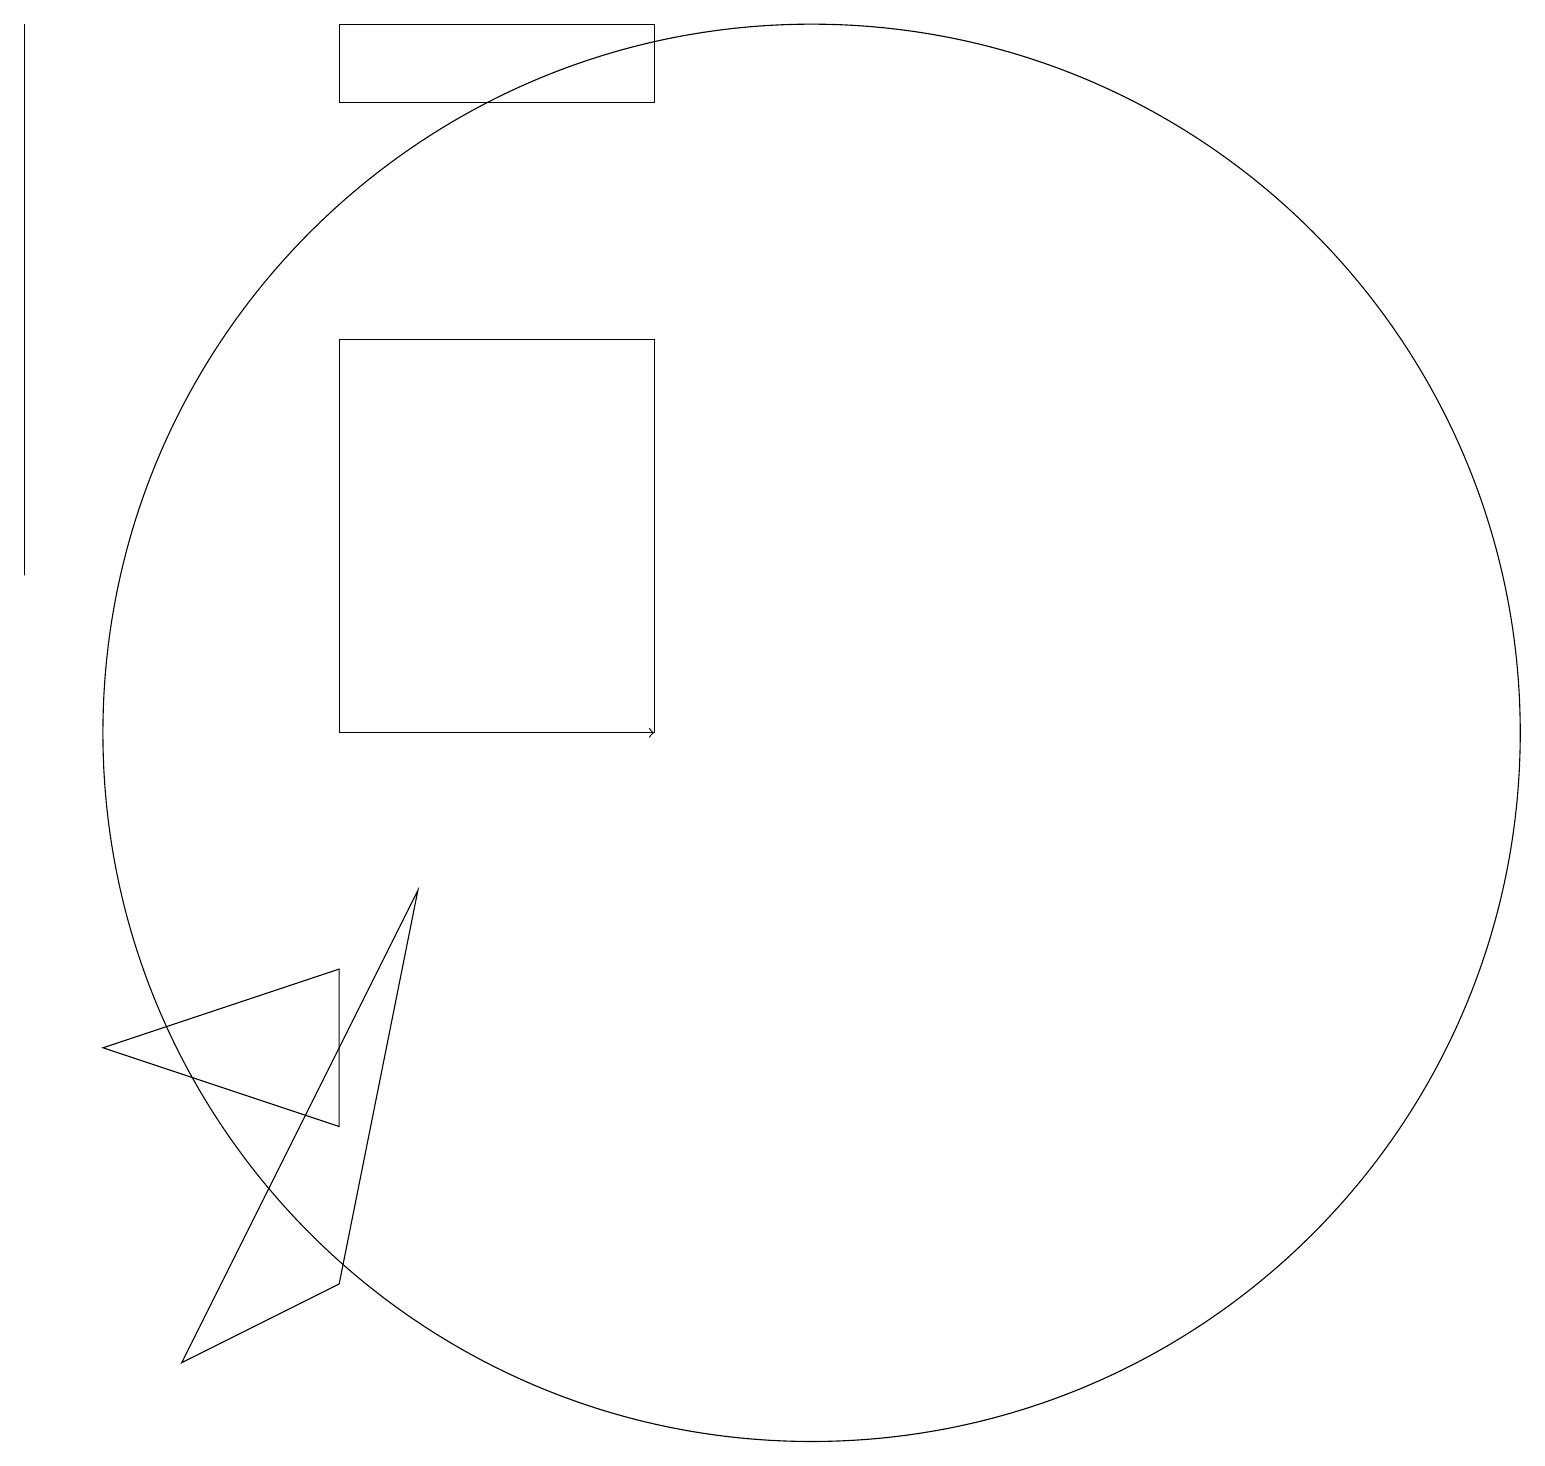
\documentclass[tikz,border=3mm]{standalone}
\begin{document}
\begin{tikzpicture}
\draw (8,10) rectangle (4,15);
\draw (4,7) -- (1,6) -- (4,5) -- cycle;
\draw (8,18) rectangle (4,19);
\draw[->] (5,10) -- (8,10);
\draw (10,10) circle (9);
\draw (2,2) -- (5,8) -- (4,3) -- cycle;
\draw (1,18) rectangle (1,18);
\draw (0,12) rectangle (0,19);
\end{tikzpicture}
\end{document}